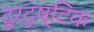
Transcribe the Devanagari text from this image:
दूरदृष्टिक